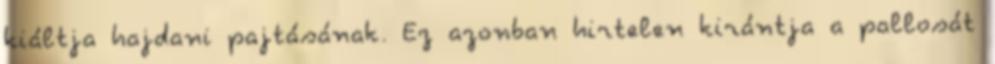
kiáltja hajdani pajtásának. Ez azonban hirtelen kirántja a pallosát